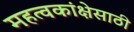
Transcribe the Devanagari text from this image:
महत्वकांक्षेसाठी